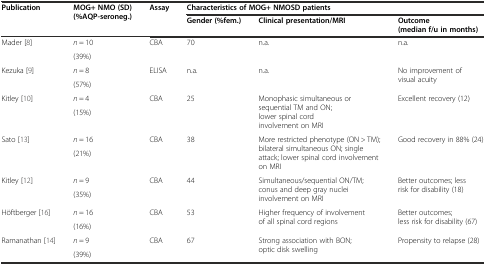
| <ROWSPAN=2> Publication | <ROWSPAN=2> MOG+ NMO (SD) (%AQP-seroneg.) | <ROWSPAN=2> Assay | <COLSPAN=3> Characteristics of MOG+ NMOSD patients |
 | Gender (%fem.) | Clinical presentation/MRI | Outcome (median f/u in months) |
 | --- | --- | --- | --- | --- | --- |
 | <ROWSPAN=2> Mader [8] | n = 10 | <ROWSPAN=2> CBA | <ROWSPAN=2> 70 | <ROWSPAN=2> n.a. | <ROWSPAN=2> n.a. |
 | (39%) |
 | <ROWSPAN=2> Kezuka [9] | n = 8 | <ROWSPAN=2> ELISA | <ROWSPAN=2> n.a. | <ROWSPAN=2> n.a. | <ROWSPAN=2> No improvement of visual acuity |
 | (57%) |
 | <ROWSPAN=2> Kitley [10] | n = 4 | <ROWSPAN=2> CBA | <ROWSPAN=2> 25 | <ROWSPAN=2> Monophasic simultaneous or sequential TM and ON; lower spinal cord involvement on MRI | <ROWSPAN=2> Excellent recovery (12) |
 | (15%) |
 | <ROWSPAN=2> Sato [13] | n = 16 | <ROWSPAN=2> CBA | <ROWSPAN=2> 38 | <ROWSPAN=2> More restricted phenotype (ON > TM); bilateral simultaneous ON; single attack; lower spinal cord involvement on MRI | <ROWSPAN=2> Good recovery in 88% (24) |
 | (21%) |
 | <ROWSPAN=2> Kitley [12] | n = 9 | <ROWSPAN=2> CBA | <ROWSPAN=2> 44 | <ROWSPAN=2> Simultaneous/sequential ON/TM; conus and deep gray nuclei involvement on MRI | <ROWSPAN=2> Better outcomes; less risk for disability (18) |
 | (35%) |
 | <ROWSPAN=2> Höftberger [16] | n = 16 | <ROWSPAN=2> CBA | <ROWSPAN=2> 53 | <ROWSPAN=2> Higher frequency of involvement of all spinal cord regions | <ROWSPAN=2> Better outcomes; less risk for disability (67) |
 | (16%) |
 | <ROWSPAN=2> Ramanathan [14] | n = 9 | <ROWSPAN=2> CBA | <ROWSPAN=2> 67 | <ROWSPAN=2> Strong association with BON; optic disk swelling | <ROWSPAN=2> Propensity to relapse (28) |
 | (39%) |